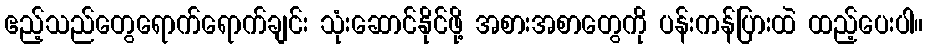
ဧည့်သည်တွေရောက်ရောက်ချင်း သုံးဆောင်နိုင်ဖို့ အစားအစာတွေကို ပန်းကန်ပြားထဲ ထည့်ပေးပါ။